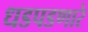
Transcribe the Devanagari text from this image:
धडपडणारे